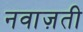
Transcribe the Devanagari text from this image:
नवाज़ती